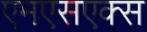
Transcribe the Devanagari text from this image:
एमएसएक्स